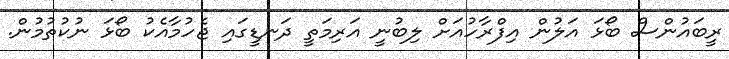
ރީބައުންސް ބޯޅަ އަލުން އިފްރާހުއަށް ލިބުނީ އަރިމަތީ ދަނޑީގައި ޖެހުމާއެކު ބޯޅަ ނުކުތުމުން.